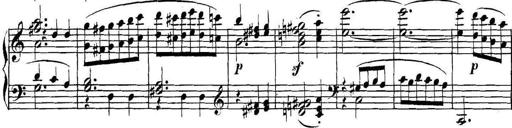
Title: Collected Piano Sonatas
Composer: Muzio Clementi